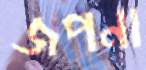
জপনা